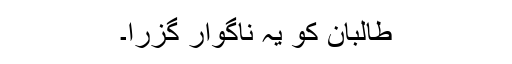
طالبان کو یہ ناگوار گزرا۔